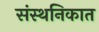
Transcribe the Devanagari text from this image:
संस्थनिकात